Scottish Certificate of Education, 1962
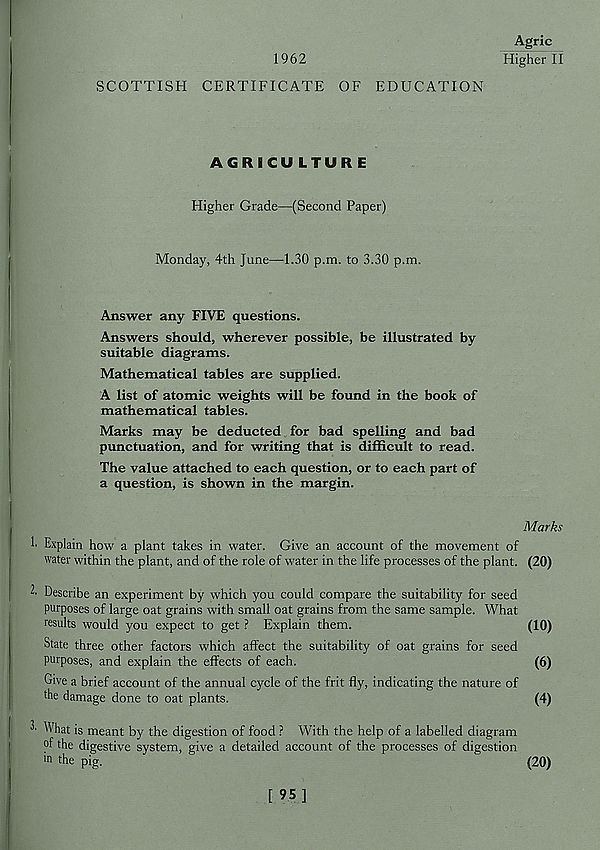
1962
Agric
Higher II
SCOTTISH CERTIFICATE OF EDUCATION
AGRICULTURE
Higher Grade—(Second Paper)
Monday, 4th June—1.30 p.m. to 3.30 p.m.
Answer any FIVE questions.
Answers should, wherever possible, be illustrated by
suitable diagrams.
Mathematical tables are supplied.
A list of atomic weights will be found in the book of
mathematical tables.
Marks may be deducted for bad spelling and bad
punctuation, and for writing that is difficult to read.
The value attached to each question, or to each part of
a question, is shown in the margin.
Explain how a plant takes in water. Give an account of the movement of
water within the plant, and of the role of water in the life processes of the plant.
Describe an experiment by which you could compare the suitability for seed
purposes of large oat grains with small oat grains from the same sample. What
results would you expect to get ? Explain them.
State three other factors which affect the suitability of oat grains for seed
purposes, and explain the effects of each.
Give a brief account of the annual cycle of the frit fly, indicating the nature of
Ae damage done to oat plants.
^ What is meant by the digestion of food ? With the help of a labelled diagram
of the digestive system, give a detailed account of the processes of digestion
•n the pig.
Marks
(20)
(10)
(6)
(4)
(20)
[95]